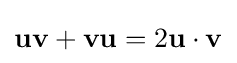
\mathbf {u} \mathbf {v} +\mathbf {v} \mathbf {u} =2\mathbf {u} \cdot \mathbf {v}